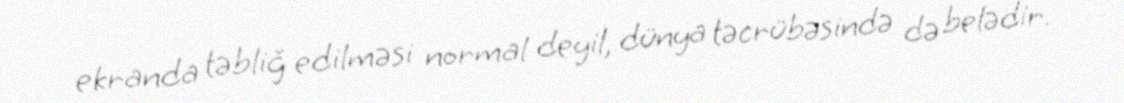
ekranda təbliğ edilməsi normal deyil, dünya təcrübəsində də belədir.